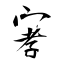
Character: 宯